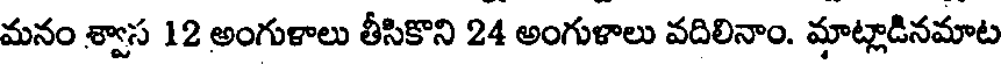
మనం శ్వాస 12 అంగుళాలు తీసికొని 24 అంగుళాలు వదిలినాం. మాట్లాడినమాట